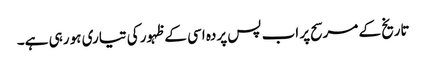
تاریخ کے مرسح پر اب پس پردہ اسی کے ظہور کی تیاری ہو رہی ہے۔